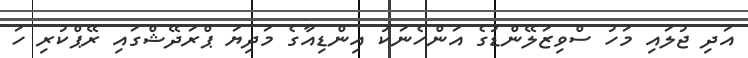
އަދި ޖުލައި މަހު ސްވިޒަލޭންޑުގެ އަންހެނަކު އިންޑިއާގެ މަދިޔަ ޕްރަދޭޝްގައި ރޭޕްކުރި ހަ